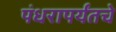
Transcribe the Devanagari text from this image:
पंधरापर्यंतचे